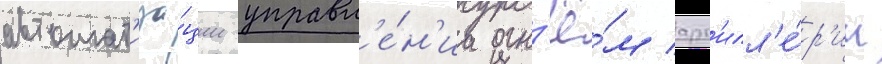
автомат'иза́ции управл'е́н'иа огн'ё́м арт'илл'е́р'ии